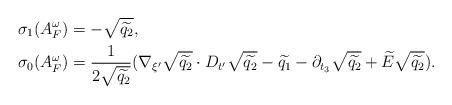
LaTeX: \begin{align*}\sigma_1(A^\omega_F) &= -\sqrt{\widetilde{q_2}}, \\\sigma_0(A^\omega_F) &= \frac{1}{2\sqrt{\widetilde{q_2}}}(\nabla_{\xi'}\sqrt{\widetilde{q_2}}\cdot D_{t'}\sqrt{\widetilde{q_2}}-\widetilde{q_1}-\partial_{t_3}\sqrt{\widetilde{q_2}} +\widetilde{E}\sqrt{\widetilde{q_2}}). \end{align*}